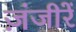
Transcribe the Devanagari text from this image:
ज़ंजीरें